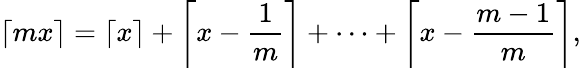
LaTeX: \lceil mx\rceil=\left\lceil x\right\rceil+\left\lceil x-{\frac{1}{m}}\right\rceil+\dots+\left\lceil x-{\frac{m-1}{m}}\right\rceil,